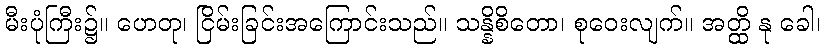
မီးပုံကြီး၌။ ဟေတု၊ ငြိမ်းခြင်းအကြောင်းသည်။ သန္နိစိတော၊ စုဝေးလျက်။ အတ္ထိ နု ခေါ၊